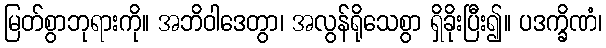
မြတ်စွာဘုရားကို။ အဘိဝါဒေတွာ၊ အလွန်ရိုသေစွာ ရှိခိုးပြီး၍။ ပဒက္ခိဏံ၊